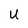
Character: U